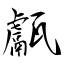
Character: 甗